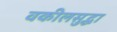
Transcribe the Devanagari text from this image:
वकीलसुद्धा